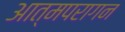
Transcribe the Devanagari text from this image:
आत्मपरागन